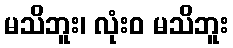
မသိဘူး၊ လုံးဝ မသိဘူး